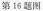
第16题图